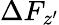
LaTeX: \Delta F_{z^{\prime}}